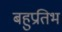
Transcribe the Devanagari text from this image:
बहुप्रतिभ